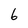
Character: 6